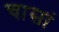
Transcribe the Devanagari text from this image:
चासां